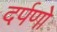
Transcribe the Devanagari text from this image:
दर्पणो